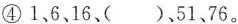
④1、6、16、( )、51、76。